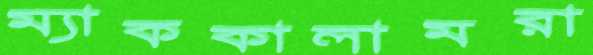
ম্যাককালামরা